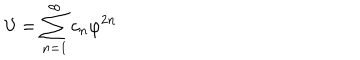
LaTeX: { \cal V } = \sum _ { n = 1 } ^ { \infty } c _ { n } \varphi ^ { 2 n }